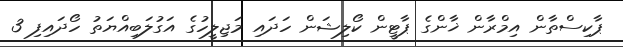
ޕާކިސްތާން އިމްރާން ޚާންގެ ޕާޓީން ކޯލިޝަން ހަދައި މަޖިލީހުގެ އަގުލަބިއްޔަތު ހޯދައިފި 3